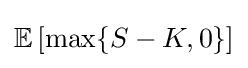
\mathbb {E} \left[\max\{S-K,0\}\right]